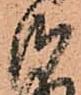
御